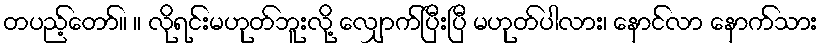
တပည့်တော်။ ။ လိုရင်းမဟုတ်ဘူးလို့ လျှောက်ပြီးပြီ မဟုတ်ပါလား၊ နောင်လာ နောက်သား